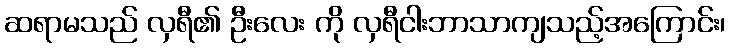
ဆရာမသည် လှရီ၏ ဦးလေး ကို လှရီငါးဘာသာကျသည့်အကြောင်း၊